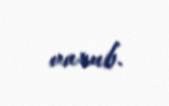
vurub.